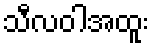
သီလဝါအထူး